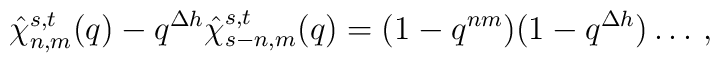
\hat{\chi}_{n,m}^{s,t}(q) - q^{\Delta h}  \hat{\chi}_{s-n,m}^{s,t}(q) = (1-q^{nm})(1-q^{\Delta h}) \ldots \,,